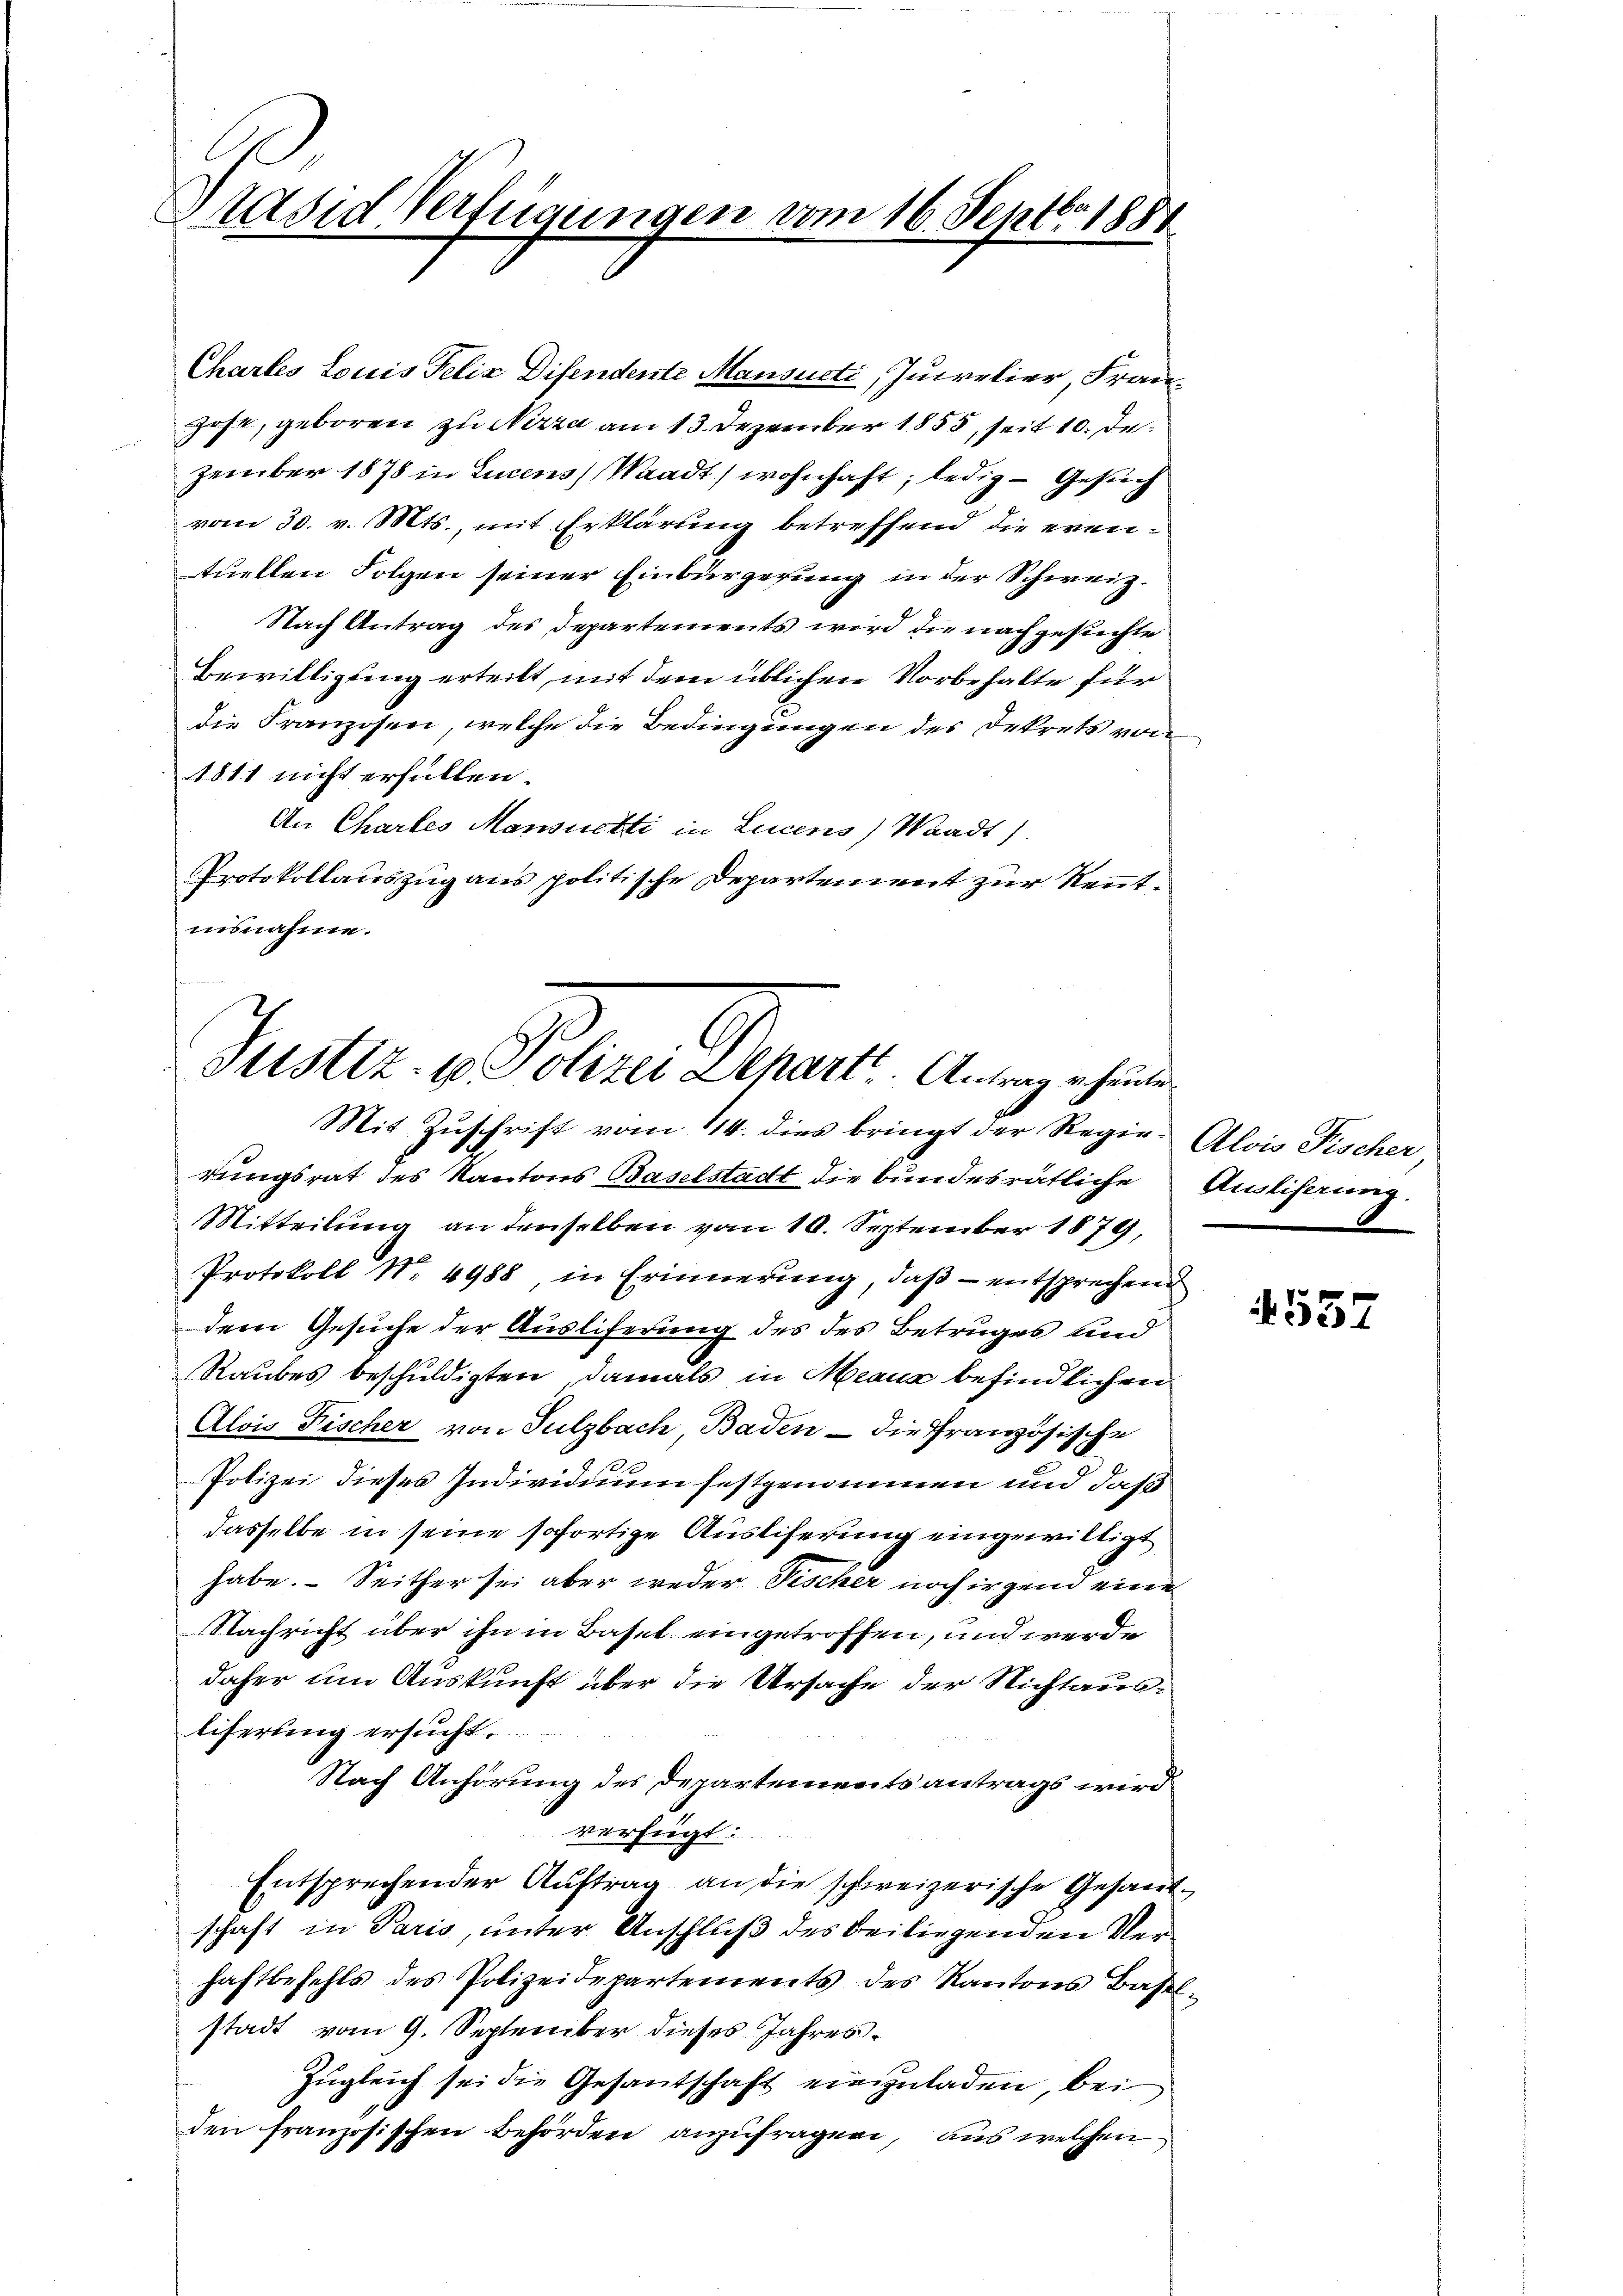
Brasid Verfügungen vom 16. Septbr 185.

Chartes Louis Felix Disendente Mansucte, Jucrelier, Franhose, geboren zu Nizza am 13. Dezember 1855, seit 10. Dezember 1878 in Lucens Waadt, wohnhaft, ledig - Gesuch
vom 30. v. Mts., mit Erklärung betreffend die eventuellen Folgen seiner Einbürgerung in der Schweiz.
Nach Antrag des Departements wird die nachgesuchte
Bewilligung erteilt, mit dem üblichen Vorbehalte für
die Franzosen, welche die Bedingungen des Dekrets von
1811 nicht erfüllen.
An Chartes Mansuchti in Lucens) Waadt).
Protokollauszug aus politische Departement zur Kenntinsnahme.

Justiz. v. Polizei Denau Antrag eine
Mit Zuschrift vom 114. dies bringt der Regie- Alois Fischer,

rungsrat des Kantons Baselstadt die bundesrätliche
Mitteilung an denselben vom 10. September 1879,
Protokoll No 4988 in Erinnerung, daß – entsprechend
dem Gesuche der Ausliferung des des Betruges und
Raubes beschuldigten damals in Manz befindlichen
Alois Fischer von Sulzbach, Baden - die Französische
Polizei dieses Individuum festgenommen und daß
dasselbe in seine sofortige Auslieferung eingewilligt
habe. - Seither sei aber weder Tischer noch irgend eine
Nachricht über ihn in Basel eingetroffen, und werde
daher um Auskunft über die Ursache der Nichtausliferung ersucht.
Nach Anhörung des Departementsantrags wird
verfügt:
Entsprechender Aŭftrag an die schweizerische Gesandschaft in Paris, unter Anschluß des beiliegenden Verhaftbefehls des Polizeidepartements des Kantons Basel-
stadt vom 9. September dieses Jahres¬
Zugleich sei die Gesantschaft einzuladen, bei
den französischen Behörden anzufragen, aus welchen

Auslifanne.

557